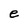
Character: e